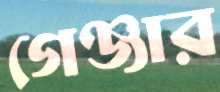
গেঞ্জার